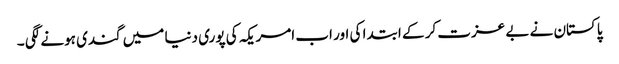
پاکستان نے بے عزت کر کے ابتدا کی اور اب امریکہ کی پوری دنیا میں گندی ہونے لگی ۔